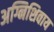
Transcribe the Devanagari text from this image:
अग्निशिवाय